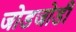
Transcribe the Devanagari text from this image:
जोडजोडी